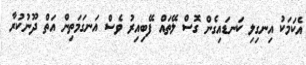
އެކަމަކު އިނގިލި ކަނޑައިގެން ގޮސް ލޭތައް ފޭބިއިރު ވެސް އަނގަމަތިން އަތް ދޫނުކުރާ